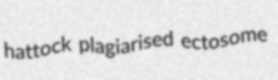
hattock plagiarised ectosome